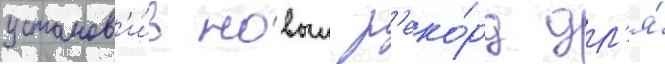
установ'и́в новыи р'еко́рд дл'я́